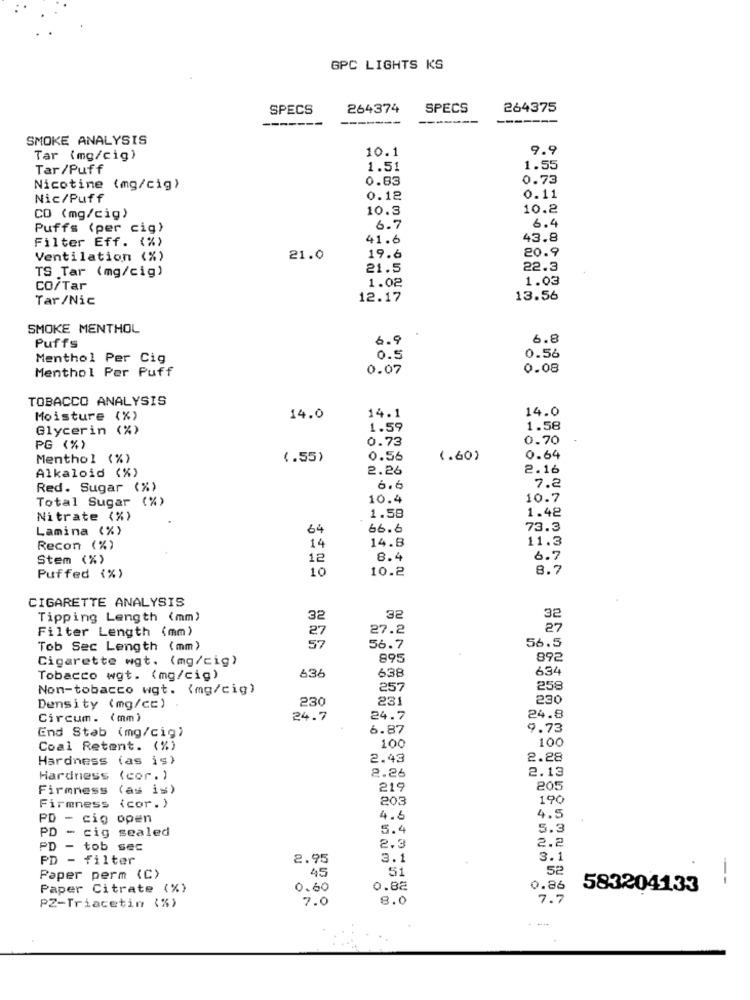
GPC LIGHTS KS
SPECS
264374
SPECS
264375
-------
-------
SMOKE ANALYSIS
10.1
9.9
Tar (mg/cig)
Tar/Puff
1.51
1.55
0.83
0.73
Nicotine (mg/cig)
Nic/Puff
0.12
0.11
10.3
10.2
CO (mg/cig)
6.4
Puffs (per cig)
6.7
41.6
43.8
Filter Eff. (%)
20.9
Ventilation (%)
21.0
19.6
TS Tar (mg/cig)
21.5
22.3
1.02
1.03
CO/Tar
Tar/Nic
12.17
13.56
SMOKE MENTHOL
6.9
6.8
Puffs
Menthol Per Cig
0.5
0.56
Menthol Per Puff
0.07
0.08
TOBACCO ANALYSIS
14.0
Moisture (%)
14.0
14.1
Glycerin (%)
1.59
1.58
0.73
0.70
PG (%)
Menthol (%)
(.55)
0.56
(.60)
0.64
Alkaloid (%)
2.26
2.16
Red. Sugar (%)
6.6
7.2
Total Sugar (%)
10.4
10.7
1.58
1.42
Nitrate (%)
Lamina (%)
64
66.6
73.3
14.8
11.3
Recon (%)
14
Stem (%)
12
8.4
6.7
10
10.2
8.7
Puffed (%)
CIGARETTE ANALYSIS
Tipping Length (mm)
32
32
32
Filter Length (mm)
27
27.2
27
56.5
Tob Sec Length (mm)
57
56.7
Cigarette wgt. (mg/cig)
895
892
636
638
634
Tobacco wgt. (mg/cig)
Non-tobacco wgt. (mg/cig)
257
258
230
231
230
Density (mg/cc)
Circum. (mm)
24.7
24.7
24.8
End Stab (mg/cig)
6.87
9.73
100
100
Coal Retent. (%)
Hardness (as is)
2.43
2.28
2.26
2.13
Hardness
(cor.)
Firmness (as is)
219
205
203
190
Firmness (cor.)
PD - cio open
4.6
4.5
PD - cig sealed
5.4
5.3
2.2
PD - tob sec
2.3
PD - filter
2.95
3.1
3.1
51
52
Paper perm (C>
45
Paper Citrate (%)
0,60
0.82
0.86
583204133
7.0
8.0
7.7
PZ-Triacetin (%)
---